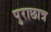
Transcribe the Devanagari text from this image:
पुराछात्र